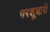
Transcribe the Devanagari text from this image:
परशूधारी